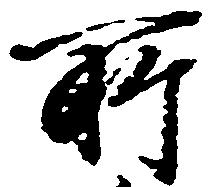
所